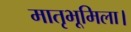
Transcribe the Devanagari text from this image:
मातृभूमिला।